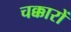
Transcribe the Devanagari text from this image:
चक्कारों